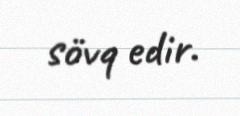
sövq edir.